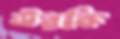
উরকি